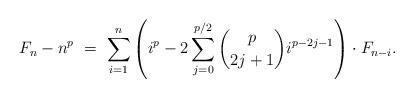
LaTeX: \begin{align*}F_n - n^{p} \ = \ \sum_{i=1}^{n} \left( i^{p} - 2\sum_{j=0}^{p/2} \binom{p}{2j+1} i^{p-2j-1} \right) \cdot F_{n-i}. \end{align*}